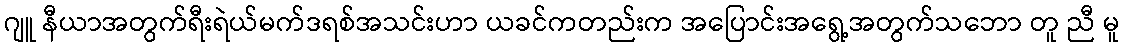
ဂျူ နီယာအတွက်ရီးရဲယ်မက်ဒရစ်အသင်းဟာ ယခင်ကတည်းက အပြောင်းအရွေ့အတွက်သဘော တူ ညီ မူ